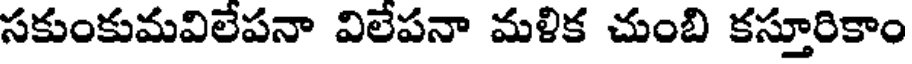
సకుంకుమవిలేపనా విలేపనా మళిక చుంబి కస్తూరికాం